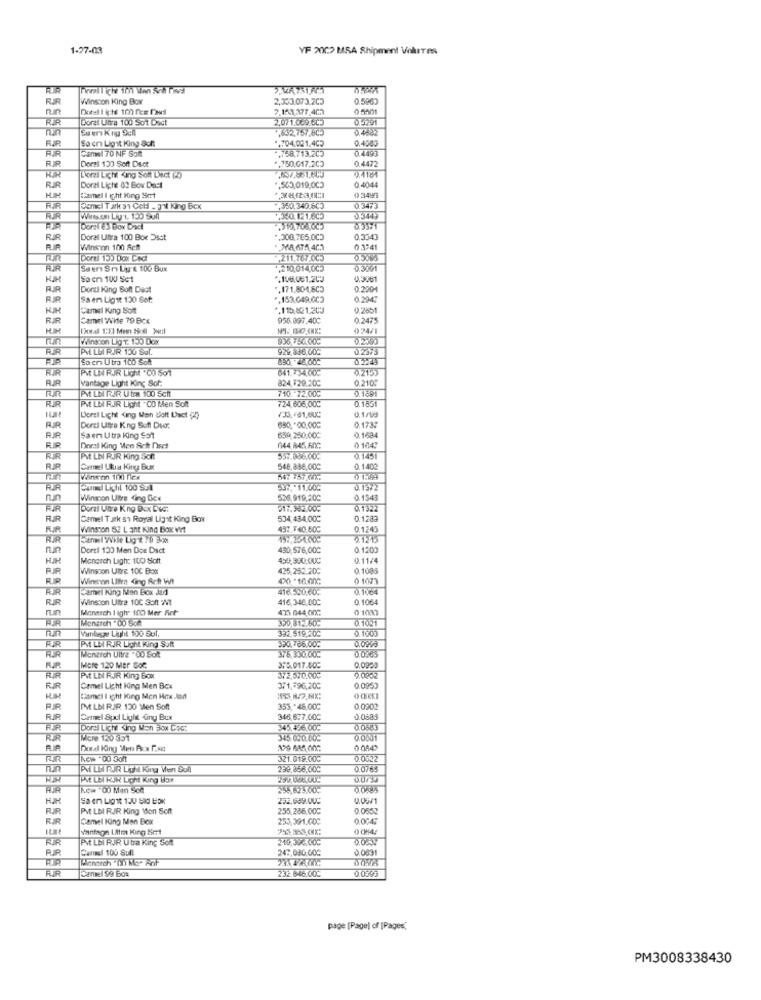
1-27-03
YF 2002 MSA Shipment Volutes
3.VATSLAM
RJR
Winston King Box
2,353,073.205
0.5963
7.153.377.402
0 5501
Doral Litra 100 Sot Dost
2,07 1.000 CC3
0.5291
Suer Kny Sen
0.4882
So en Ligit King Sch
0.4000
FJR
Canal 70 NF Somt
*, 704.021.402
.758.713.205
0.4493
FIR
Doral 130 Soft Dect
0.4472
+,750.617.203
RUR
Lioral Lich King Soft Lact Po
RJR
Doral Licht 00 Box Dast
,500,019,005
0.4044
Camel I ght Hing Smrt
0 3446
FIR
Gemel Tark 31 Cell - pil King Box
,350,340.605
0.3473
Wirsom Ly 1. 150 Sull
.350.121.600
0.3449
Doral 83 Box Dock
0.3571
FJR
Doral Ultra 100 Bor Dsst
.000,765.005
0.3343
Winston 100 Acht
0.3:41
Dormi 15) Dox Ceci
211,767.005
FIR
Saer Sn Us & 100 Bux
210,014,0c5
0.3001
Sa en 140 Sct
.158.081.200
0.3061
Dorsi King Soft Das!
.171,804,803
0.220-4
AR
Saem Ligit 130 Set:
,153,649,003
0.2047
HH
Camel Kang Soft
.115.81.203
RIR
Camel Wie 79 Bcx
956.097.400
0.2475
024/1
Winston Lig T. 150 Dox
RIR
PM LLI RJR 130 Sul.
929 836 000
0.2375
PIE LIN RJR Light *CO 501
641.734.00℃
0.215
vantage Light King Sof:
824,729.200
0.2105
यार
Pt LDI RJR Utra 100 5cft
0.1891
PIL LIN RJR Light . CD Men Soft
710 .- 72.000
724,806,00℃
0.1551
0.1/05
Lorsil Licht <ing Man Bolt Lact (2)
Dorsi Uttre King Soft Dio:
650,"00.000
0.1733
Saem Utra King Sot
659 250.000
0.1684
Doral King Men Sich Dsc!
644 845.600
0 164:
RIR
MI LIN RJR King Soft
0.1451
RR
Carmel Ulua King Bust
548,886,000
0.1402
Winston 100 Tex
01.99
53 :. 11.004
0.1372
Winston Ultre King Dice
536,919,200
0.1543
Domai Utre King Bex DWG.
517. 2.005
0.1322
RJR
Camel Tark sa Royal Liget King Box
534,434,00℃
0.1.283
FIR
Winston 82 L ant King Box wit
437.740.50℃
0.1245
Cannel Wile Lig # 70 30
0.1215
Dorsi 133 Men Dox Dsct
490,576,000
0.1200
Monorch Ligh: 100 Salt
450,330,00C
0.11/4
RP
Winsoon Uitre 100 Box
425,252.200
0.1005
Winenon LIllen ding Acht Wt
0 1073
Camel King Nen Box Jad
41850060.
0.1064
RIR
Winston Ultra 100 Soft W!
416,340.000
0.1064
Monarch I Ighr 100) Mer fct-
475 044 00G
0 1037
350 812.50;
Vanlange UITh 100 Bul.
352,519 20℃
D.1003
0.0903
FR
Menetch Ultra '00 Soit
PM LE RJR Light King Soft
320766.005
375,330.00℃
0.0385
Mere 120 Mer Soc
375.017.000
0,0999
PM LIN RJR King Box
3/2,570.000
9.0002
Camel Light King Men Box
371,796,200
0.0953
Camel I ight loing Men Hox Jad
IM LM RIR 130 Men Soft
355 ,- 46.000
0.0202
Camel Spul Ligli Gny Bux
346,677.000
0.0883
Dorel Licht King Man Box Csc:
345.436,00℃
0.0583
RIR
Mcre 120 551
345 650.60
0.0001
Dotal Hing Men Acx F.N!
0 0542
TUR
321.019.000
0.0522
nun
PM LUI RUJR Lich King Ven Sull
292,856,000
0.0785
PE LBI RAR LICht King How
AC. "00 Men Sca
0.05/1
RJR
Pt LDI RJR King Mon Soft
255,286.000
0.0552
Camel King Men Box
255,391.000
0.0047
Vantaga LAtra King Bert
0 0842
Pt LBI RAR U tra King Sott
Camel 100 Sull
247,080.000
0.0831
Wennech "() Me- Anf
DOVA
FUR
232.846.000
0.0593
page [Page) of [Pages,
PM3008338430